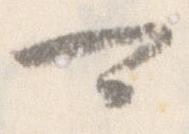
可